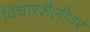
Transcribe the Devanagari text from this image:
विचारशैलीवर